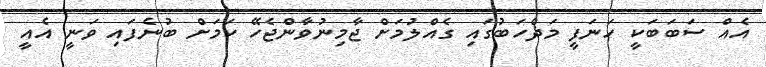
އެއް ސަބަބަކީ ހަނަފީ މަޛްހަބުގައި ގެއްލުމަށް ޖާމިނުވާންޖެހޭ ކަމަށް ބުނެފައި ވަނީ އެއީ